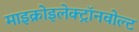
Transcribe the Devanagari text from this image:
माइक्रोइलेक्ट्रॉनवोल्ट